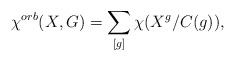
\begin{align*}\chi^{orb}(X,G) = \sum_{[g]} \chi(X^g / C(g)),\end{align*}